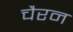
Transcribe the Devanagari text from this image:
चैरन